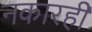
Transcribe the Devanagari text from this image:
नकारही